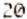
20